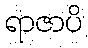
ရာဇာပိ